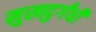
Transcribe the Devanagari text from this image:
मुखदुर्गंधी